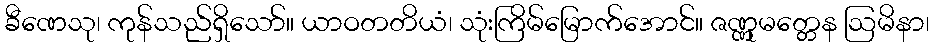
ခီဏေသု၊ ကုန်သည်ရှိသော်။ ယာဝတတိယံ၊ သုံးကြိမ်မြောက်အောင်။ ဇဏ္ဏုမတ္တေန ဩမိနာ၊